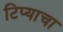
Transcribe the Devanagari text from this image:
टिप्याचा